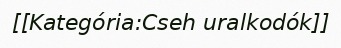
[[Kategória:Cseh uralkodók]]